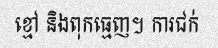
ខ្មៅ និងពុកធ្មេញ។ ការជក់